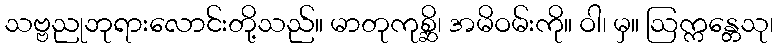
သဗ္ဗညုဘုရားလောင်းတို့သည်။ မာတုကုစ္ဆိ၊ အမိဝမ်းကို။ ဝါ၊ မှ။ ဩက္ကန္တေသု၊